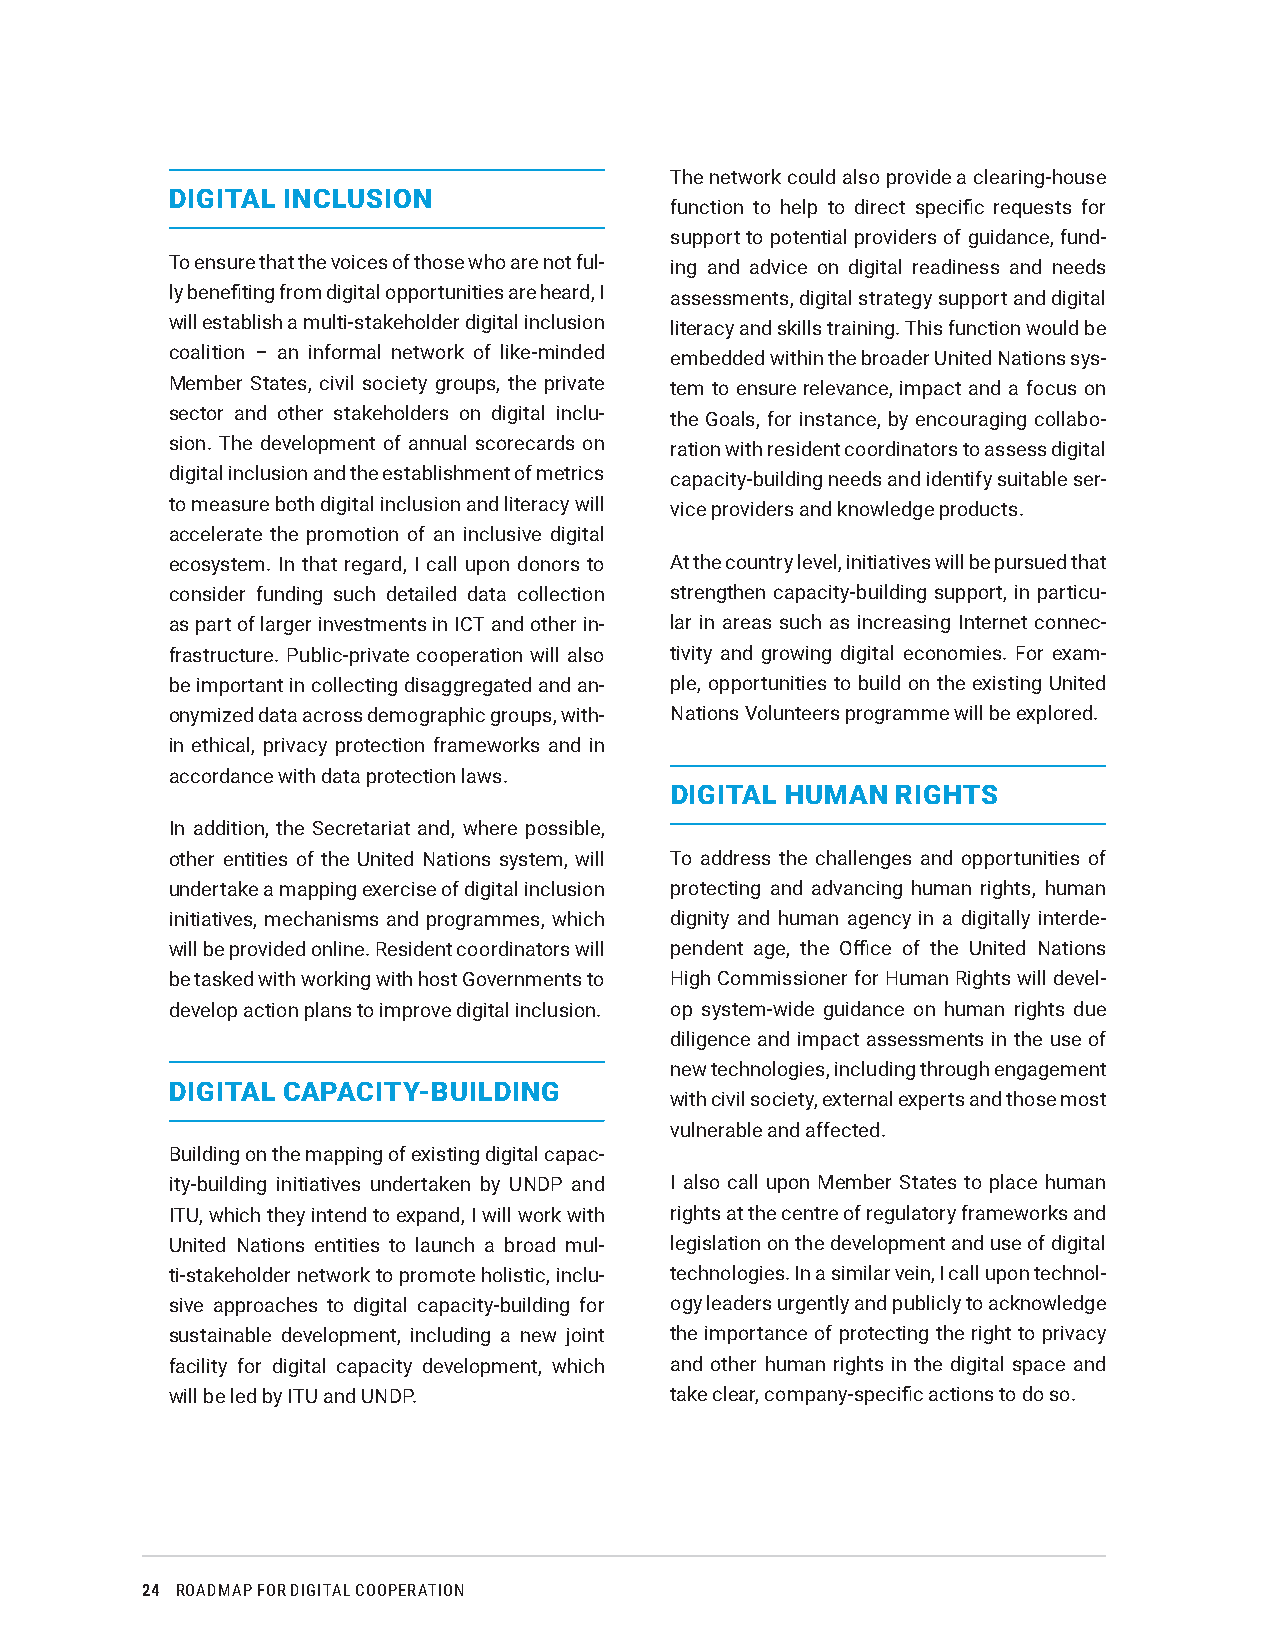
The network could also provide a clearing-house
 DIGITAL INCLUSION
 function to help to direct specific requests for
 support to potential providers of guidance, fund-
 To ensure that the voices of those who are not ful- ing and advice on digital readiness and needs
 ly benefiting from digital opportunities are heard, I assessments, digital strategy support and digital
 will establish a multi-stakeholder digital inclusion literacy and skills training. This function would be
 coalition – an informal network of like-minded embedded within the broader United Nations sys-
 Member States, civil society groups, the private tem to ensure relevance, impact and a focus on
 sector and other stakeholders on digital inclu- the Goals, for instance, by encouraging collabo-
 sion. The development of annual scorecards on ration with resident coordinators to assess digital
 digital inclusion and the establishment of metrics capacity-building needs and identify suitable ser-
 to measure both digital inclusion and literacy will vice providers and knowledge products.
 accelerate the promotion of an inclusive digital
 ecosystem. In that regard, I call upon donors to At the country level, initiatives will be pursued that
 consider funding such detailed data collection strengthen capacity-building support, in particu-
 as part of larger investments in ICT and other in- lar in areas such as increasing Internet connec-
 frastructure. Public-private cooperation will also tivity and growing digital economies. For exam-
 be important in collecting disaggregated and an- ple, opportunities to build on the existing United
 onymized data across demographic groups, with- Nations Volunteers programme will be explored.
 in ethical, privacy protection frameworks and in
 accordance with data protection laws.
 DIGITAL HUMAN  RIGHTS
 In addition, the Secretariat and, where possible,
 other entities of the United Nations system, will To address the challenges and opportunities of
 undertake a mapping exercise of digital inclusion protecting and advancing human rights, human
 initiatives, mechanisms and programmes, which dignity and human agency in a digitally interde-
 will be provided online. Resident coordinators will pendent age, the Office of the United Nations
 be tasked with working with host Governments to High Commissioner for Human Rights will devel-
 develop action plans to improve digital inclusion. op system-wide guidance on human rights due
 diligence and impact assessments in the use of
 new technologies, including through engagement
 DIGITAL CAPACITY-BUILDING
 with civil society, external experts and those most
 vulnerable and affected.
 Building on the mapping of existing digital capac-
 ity-building initiatives undertaken by UNDP and I also call upon Member States to place human
 ITU, which they intend to expand, I will work with rights at the centre of regulatory frameworks and
 United Nations entities to launch a broad mul- legislation on the development and use of digital
 ti-stakeholder network to promote holistic, inclu- technologies. In a similar vein, I call upon technol-
 sive approaches to digital capacity-building for ogy leaders urgently and publicly to acknowledge
 sustainable development, including a new joint the importance of protecting the right to privacy
 facility for digital capacity development, which and other human rights in the digital space and
 will be led by ITU and UNDP.     take clear, company-specific actions to do so.
 24 ROADMAP FOR DIGITAL COOPERATION